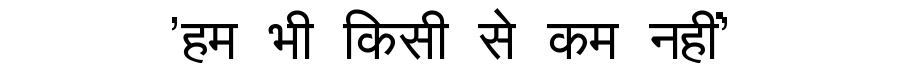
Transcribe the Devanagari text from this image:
'हम भी किसी से कम नहीं'